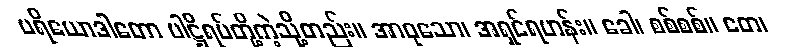
ပရိယောဒါတော ပါဋ္ဌိရပ်တို့ကဲ့သို့တည်း။ အာဝုသော၊ အရှင်ရဟန်း။ ခေါ၊ စစ်စစ်။ တေ၊